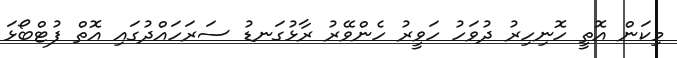
މިކަން އޮތީ ހޮނިހިރު ދުވަހު ހަވީރު ހެންވޭރު ރާޅުގަނޑު ސަރަހައްދުގައި އޮތް ފުޓްބޯޅަ